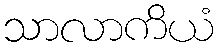
သာလာကိယံ